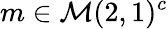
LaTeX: m\in\mathcal{M}(2,1)^{c}